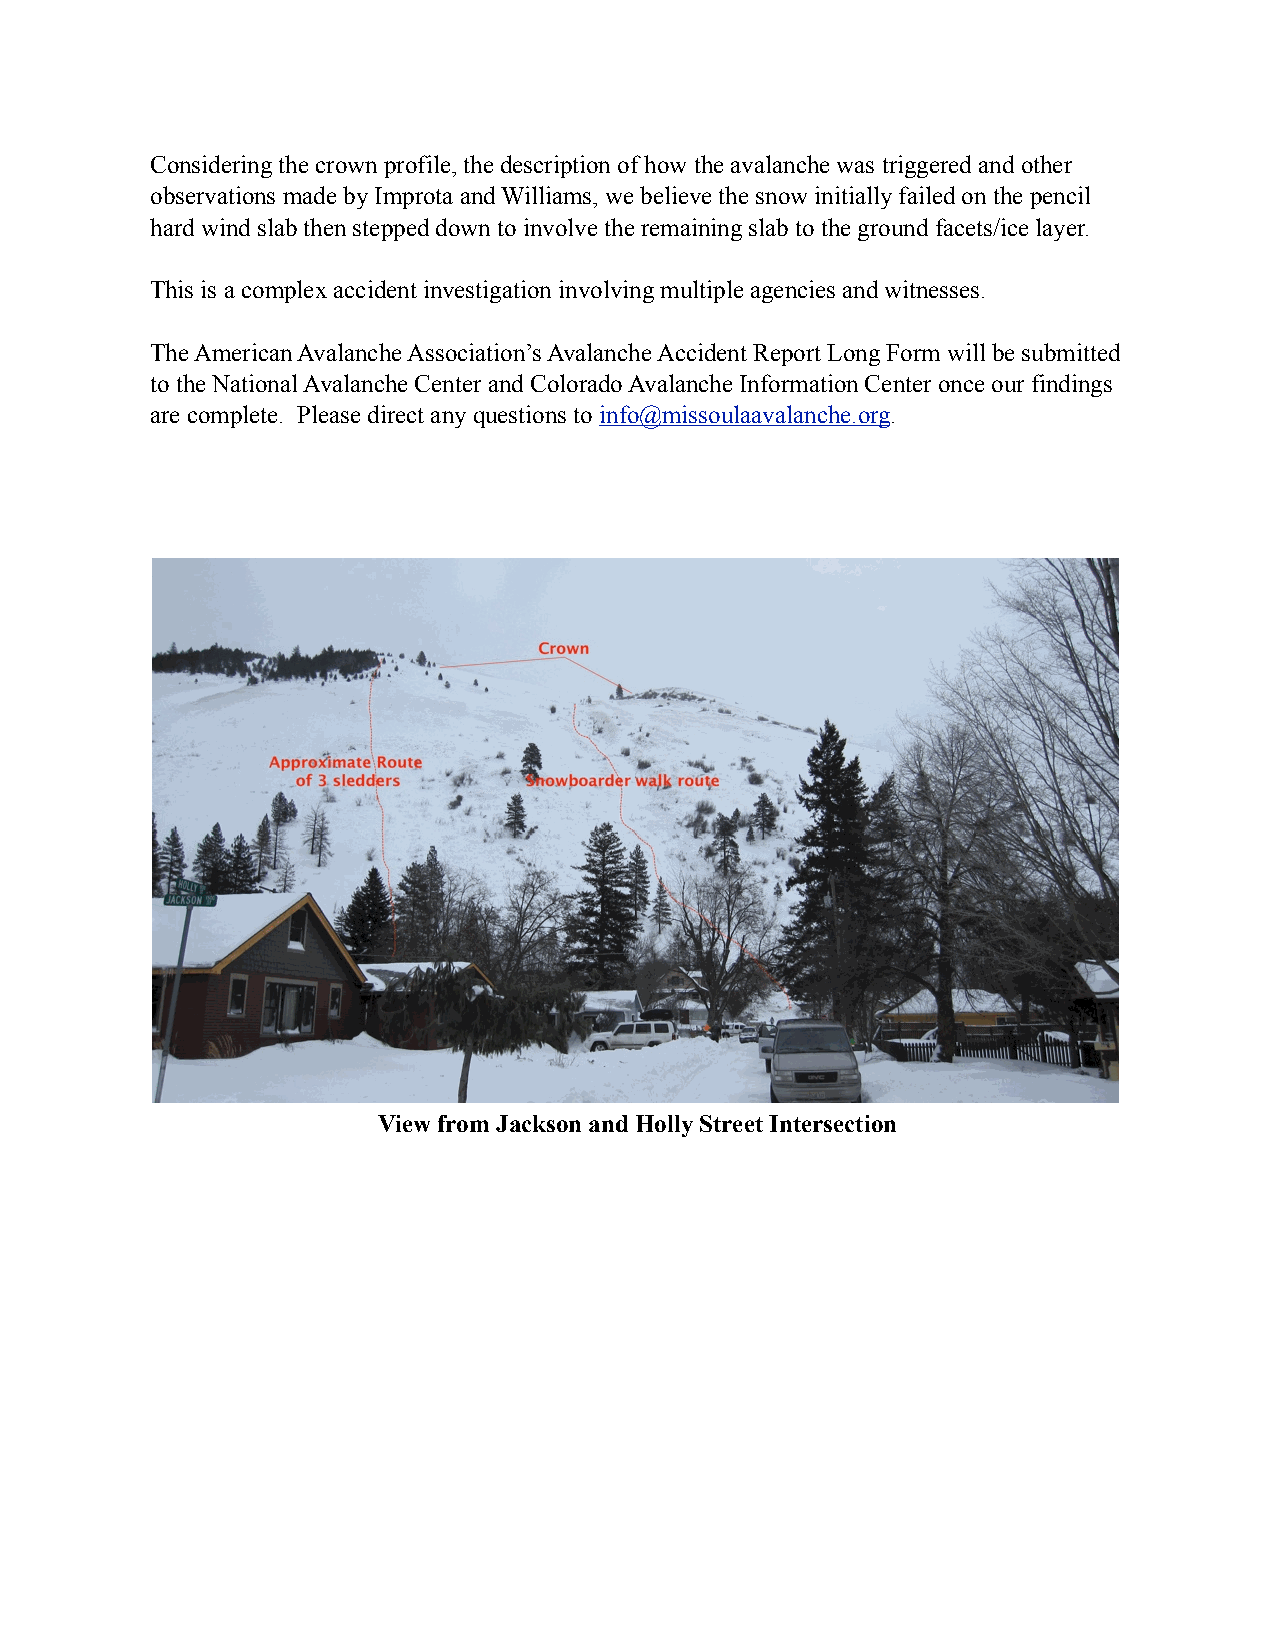
Considering the crown profile, the description of how the avalanche was triggered and other
 observations made by Improta and Williams, we believe the snow initially failed on the pencil
 hard wind slab then stepped down to involve the remaining slab to the ground facets/ice layer.
 This is a complex accident investigation involving multiple agencies and witnesses.
 The American Avalanche Association’s Avalanche Accident Report Long Form will be submitted
 to the National Avalanche Center and Colorado Avalanche Information Center once our findings
 are complete. Please direct any questions to info@missoulaavalanche.org.
 View from Jackson and Holly Street Intersection